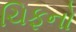
ચિફનો